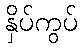
နှိပ်ကွပ်